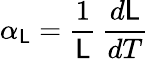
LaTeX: \alpha_{\mathsf{L}}={\frac{{1}}{{\mathsf{L}}}}\, {\frac{{d\mathsf{L}}}{{dT}}}